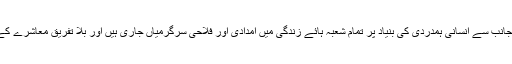
روضہ مبارک حضرت عباس علیہ السلام اسلام کی جانب سے انسانی ہمدردی کی بنیاد پر تمام شعبہ ہائے زندگی میں امدادی اور فلاحی سرگرمیاں جاری ہیں اور بلا تفریق معاشرے کے کے تمام افراد ان سے استفادہ حاصل کر رہے ہیں۔